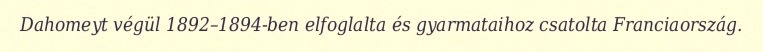
Dahomeyt végül 1892–1894-ben elfoglalta és gyarmataihoz csatolta Franciaország.